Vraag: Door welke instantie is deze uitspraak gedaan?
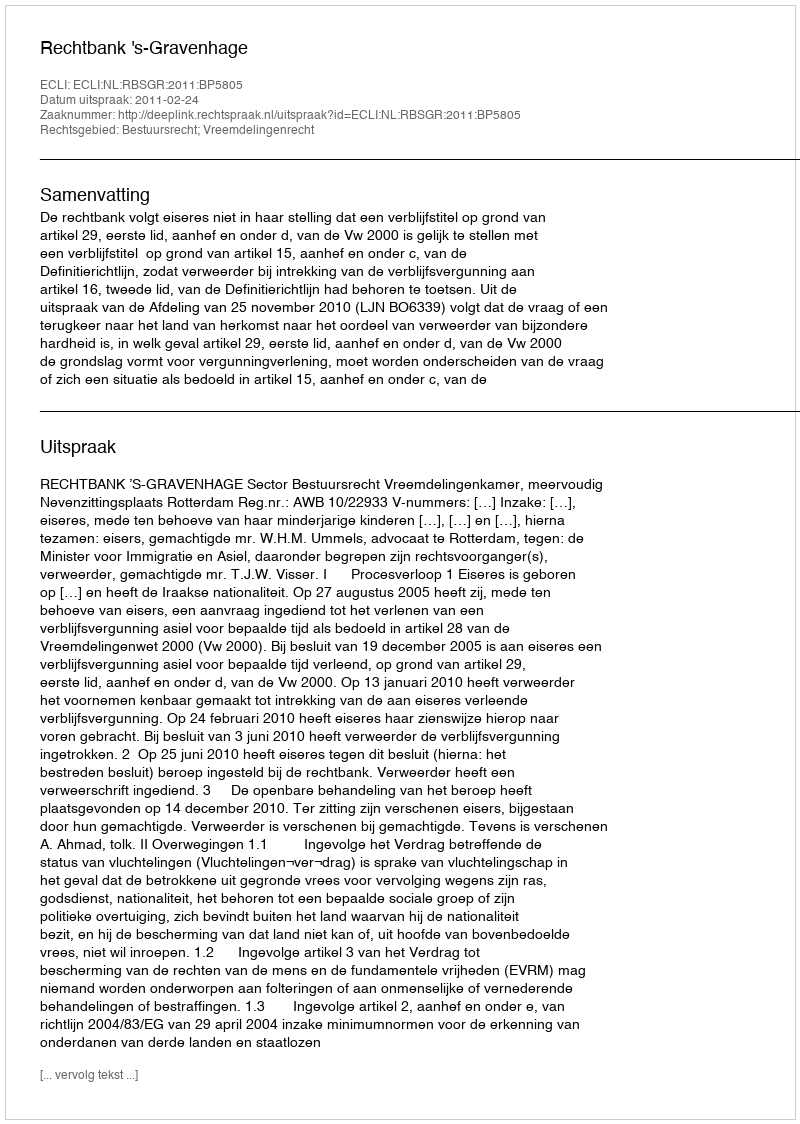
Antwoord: Rechtbank 's-Gravenhage